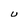
Character: U